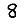
Digit: 8